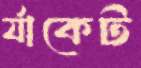
র‍্যাকেট